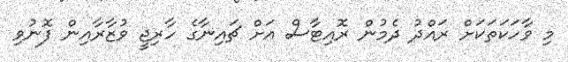
މި ވާހަކަތަކަށް ރައްދު ދެމުން ރޮއިޓާސް އަށް ޗައިނާގެ ހާރިޖީ ވުޒާރާއިން ފޮނުވި